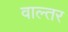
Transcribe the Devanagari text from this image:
वाल्तर